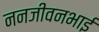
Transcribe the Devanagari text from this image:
ननजीवनभाई